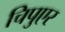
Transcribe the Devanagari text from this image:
चिपुएर